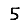
Digit: 5